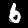
Label: 6